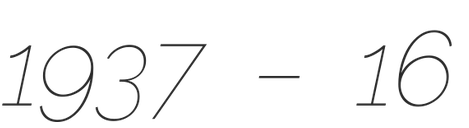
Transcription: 1937 – 16